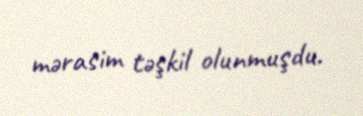
mərasim təşkil olunmuşdu.